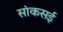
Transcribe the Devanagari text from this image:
सांकसई